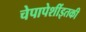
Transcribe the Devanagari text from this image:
चेपापेशींइतकी